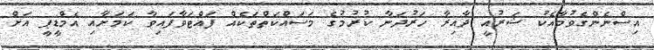
އިސްނެންގެވުމާއެކު ޝަރުއީ ދާއިރާ ހަރުދަނާ ކުރުމުގެ މަސައްކަތްތަކެއް ފައްޓަވާފައިވާ ކަމަށާއި އެމްޑީޕީ އަށް